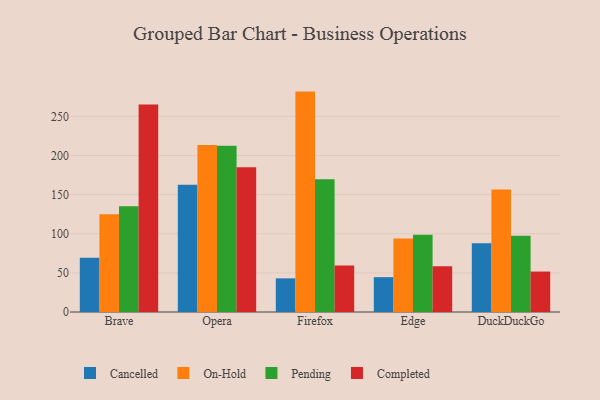
{"axis": {"x": "Browser", "y": "Market Share (%)"}, "legend": ["Cancelled", "Completed", "On-Hold", "Pending"], "data": [{"x": "Brave", "y": 69.4, "type": "Cancelled"}, {"x": "Brave", "y": 124.8, "type": "On-Hold"}, {"x": "Brave", "y": 135.3, "type": "Pending"}, {"x": "Brave", "y": 265.1, "type": "Completed"}, {"x": "Opera", "y": 162.7, "type": "Cancelled"}, {"x": "Opera", "y": 213.6, "type": "On-Hold"}, {"x": "Opera", "y": 212.4, "type": "Pending"}, {"x": "Opera", "y": 184.9, "type": "Completed"}, {"x": "Firefox", "y": 43.0, "type": "Cancelled"}, {"x": "Firefox", "y": 281.7, "type": "On-Hold"}, {"x": "Firefox", "y": 169.6, "type": "Pending"}, {"x": "Firefox", "y": 59.5, "type": "Completed"}, {"x": "Edge", "y": 44.5, "type": "Cancelled"}, {"x": "Edge", "y": 94.1, "type": "On-Hold"}, {"x": "Edge", "y": 98.7, "type": "Pending"}, {"x": "Edge", "y": 58.6, "type": "Completed"}, {"x": "DuckDuckGo", "y": 88.0, "type": "Cancelled"}, {"x": "DuckDuckGo", "y": 156.6, "type": "On-Hold"}, {"x": "DuckDuckGo", "y": 97.6, "type": "Pending"}, {"x": "DuckDuckGo", "y": 51.7, "type": "Completed"}]}